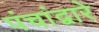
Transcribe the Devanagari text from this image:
पंचांद्वारे